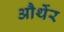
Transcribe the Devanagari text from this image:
और्थेर